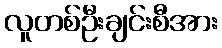
လူတစ်ဦးချင်းစီအား